Scottish Leaving Certificate Examination, 1956
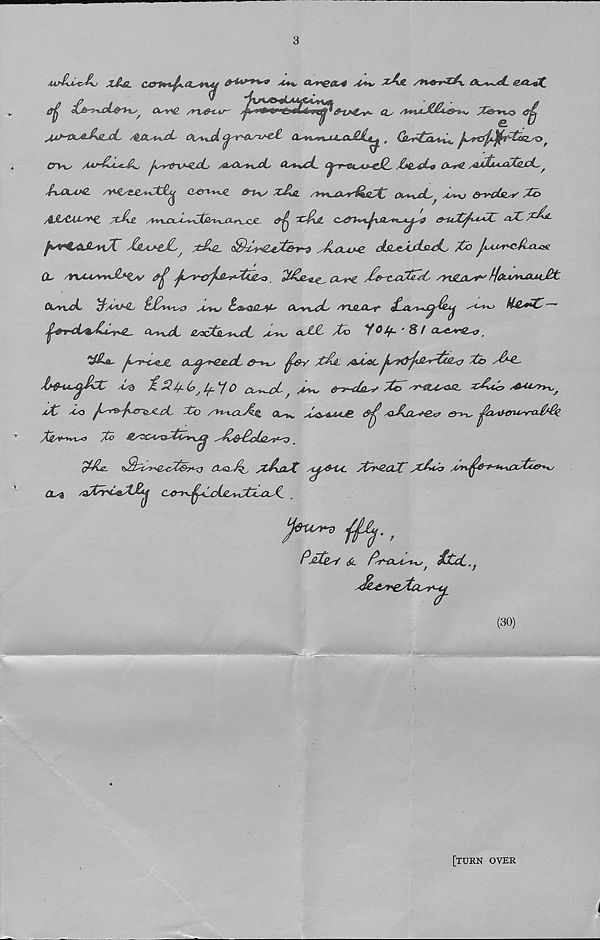
^
4v*JO«d*MfjU%,q
Ck^£ /rx&cv-'
CL/
zA& /Pt&v&Au Lk^^ei. gj&smJ(_
udLid^u X&£L
4
Oi^xA c^ir&stse&
„ Ctt^LtTi^^
f
iTTv-
I^^&'X^xLj /SL&s+IsGLs Qs*«vC&^ C^ry^Ci^iJS-cJ^ /£*4LAd~9 O-^r^. ^SA^AA^L^lxi^. ^
/f%A\AS&. /S^€^££^tX^ Q^n^tAL &%%S x£>Jl
Oi^-^sL/ As*%J &vL4sist' X&
AJlsCMs+C /L^e.
'X$vL
&-uX^^C aX,^^
/£&**&£/^ z&al
JLau+e Jbi^LdsiA^ Zb J^/r^cM/a^
CL /yuct^vvv-^f^v &j! yjL^^&^M^ZtZZ^o _
cl^*c / £&-iuxZZjC /yx/ZjCL^ ^(Li^AiuiXt
CisnjjL IZ/tZ^L
as%*j ^curCaQ^L <k^%^cL/ /VXJLCC/f
^^rcL^CZ-r^ Qs&tXL OoctL^uZ a^*-> &-ZJL ZZ> y^fy-'S/ a^e^r^p
^vZsjt CLA^e&jZ G~*^ ^&y Z$JL /&AsSC jis&yftJLr^^O Zb /&£-
'h&U*A^f^X AsQ
2 Afi. (p ^ /^_ ^f Q Qc^-lZ A*/%s
XX
aXLcc? ALLC/p-y^^
bC xo ^e^j^erci^cL Zb /rt^cxZzQ ql^.
/oZil^B^ en^ ^XiMnt^rcX/Zk
X&/\P-+v*^<3 Zb> M/*Ois^tblr\j^ XxbXobz^A^S _
cXLz. ZzlX^&XZbXo (bsyJZ yZAxsX /i^&LC stb&CLX' xXcb
cuq XtrX&X&j CATfy^Zvic^btXxX.
IJ&ti/V^)
PzZe^ & Pi sf^CLAs^jt
(30)
[TURN over